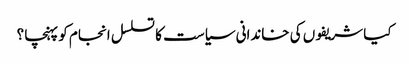
کیا شریفوں کی خاندانی سیاست کا تسلسل انجام کو پہنچا ؟